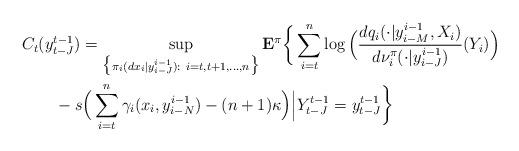
LaTeX: \begin{align*}&C_t(y^{t-1}_{t-J})=\sup_{\big\{\pi_i(dx_i|y^{i-1}_{i-J}):~i=t,t+1,\ldots,n\big\}}{\bf E}^{\pi}\bigg\{\sum_{i=t}^n\log\Big(\frac{dq_i(\cdot|y^{i-1}_{i-M},X_i)}{d{\nu}^{\pi}_{i}(\cdot|y^{i-1}_{i-J})}(Y_i)\Big)\\&\qquad-s\Big(\sum_{i=t}^n\gamma_i(x_i,y^{i-1}_{i-N})-(n+1)\kappa\Big)\Big{|}Y^{t-1}_{t-J}=y^{t-1}_{t-J}\bigg\}\end{align*}